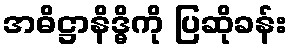
အဓိဋ္ဌာနိဒ္ဓိကို ပြဆိုခန်း